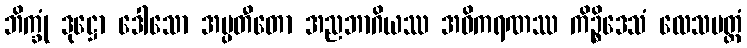
ဘိက္ခုံ ဒုဋ္ဌော ဒေါသော အပ္ပတီတော အညဘာဂိယဿ အဓိကရဏဿ ကိဉ္စိဒေသံ လေသမတ္တံ